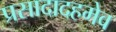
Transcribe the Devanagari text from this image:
प्रसादादहमेव